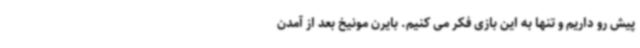
پیش رو داریم و تنها به این بازی فکر می کنیم. بایرن مونیخ بعد از آمدن